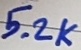
Text: 5.2K